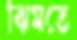
ঝিমতে